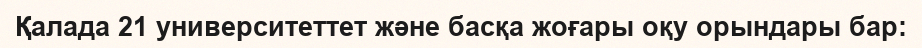
Қалада 21 университеттет және басқа жоғары оқу орындары бар: